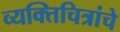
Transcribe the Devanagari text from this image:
व्यक्तिचित्रांचे